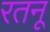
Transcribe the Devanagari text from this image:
रतनू